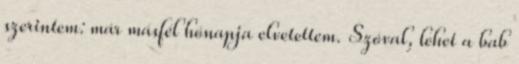
szerintem: már másfél hónapja elvetettem. Szóval, lehet a bab